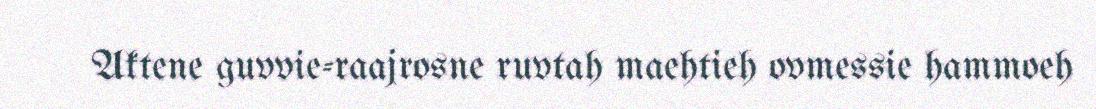
Aktene guvvie-raajrosne ruvtah maehtieh ovmessie hammoeh